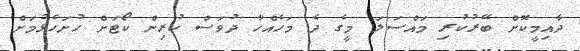
ދާއިމީކޮށް ބޭރުކުރި މައްސަލަ މީގެ ދެ މަހެއްހާ ދުވަސް ކުރިން ކޯޓަށް ހުށަހެޅުމަށް